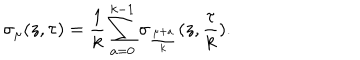
\sigma _ { \mu } ( z , \tau ) = \frac { 1 } { k } \sum _ { a = 0 } ^ { k - 1 } \sigma _ { \frac { \mu + a } { k } } ( z , \frac { \tau } { k } ) .